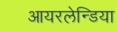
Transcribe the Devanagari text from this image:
आयरलेन्डिया